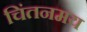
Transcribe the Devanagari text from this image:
चिंतनमय